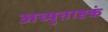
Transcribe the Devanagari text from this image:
अच्युताष्टकं